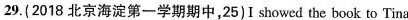
29.(2018 北京海淀第一学期期中,25) I showed the book to Tina